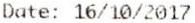
DATE: 16/10/2017